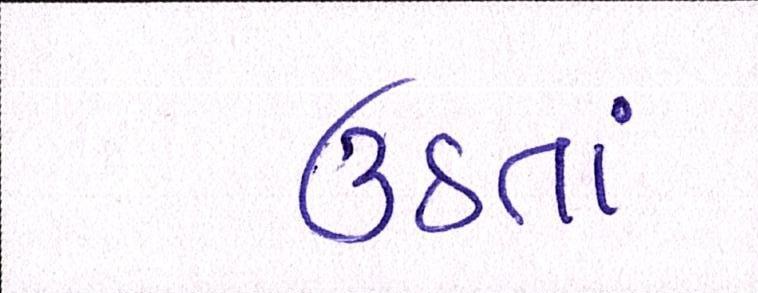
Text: ઉઠતાં